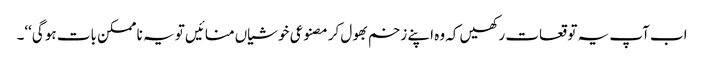
اب آپ یہ توقعات رکھیں کہ وہ اپنے زخم بھول کر مصنوعی خوشیاں منائیں تو یہ نا ممکن بات ہو گی‘‘۔